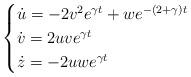
LaTeX: \begin{align*}\begin{cases}\dot{u}=-2v^{2}e^{\gamma t}+we^{-(2+\gamma)t}\\\dot{v}=2uve^{\gamma t}\\\dot{z}=-2uwe^{\gamma t}\end{cases}\end{align*}